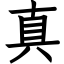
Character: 真